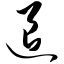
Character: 退